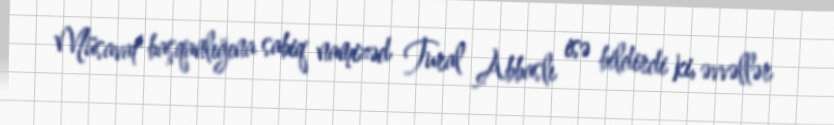
Müsavat başqanlığına sabiq namizəd Tural Abbaslı isə bildirdi ki, əvvəllər